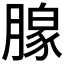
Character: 𬂎